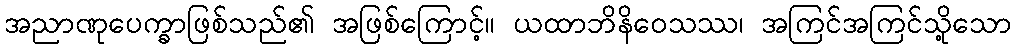
အညာဏုပေက္ခာဖြစ်သည်၏ အဖြစ်ကြောင့်။ ယထာဘိနိဝေသဿ၊ အကြင်အကြင်သို့သော